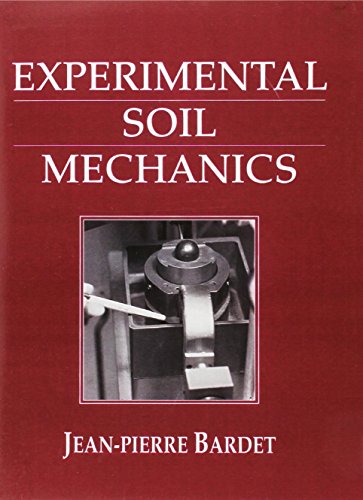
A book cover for Experimental Soil Mechanics; Jean-Pierre Bardet; Science & Math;